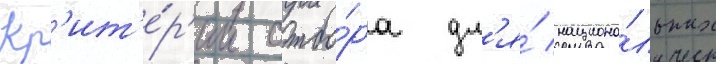
Кр'ит'е́р'ии отбо́ра дл'я́ национа́льных